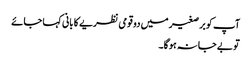
آپ کو برصغیر میں دو قومی نظریے کا بانی کہا جائے
تو بے جا نہ ہوگا۔